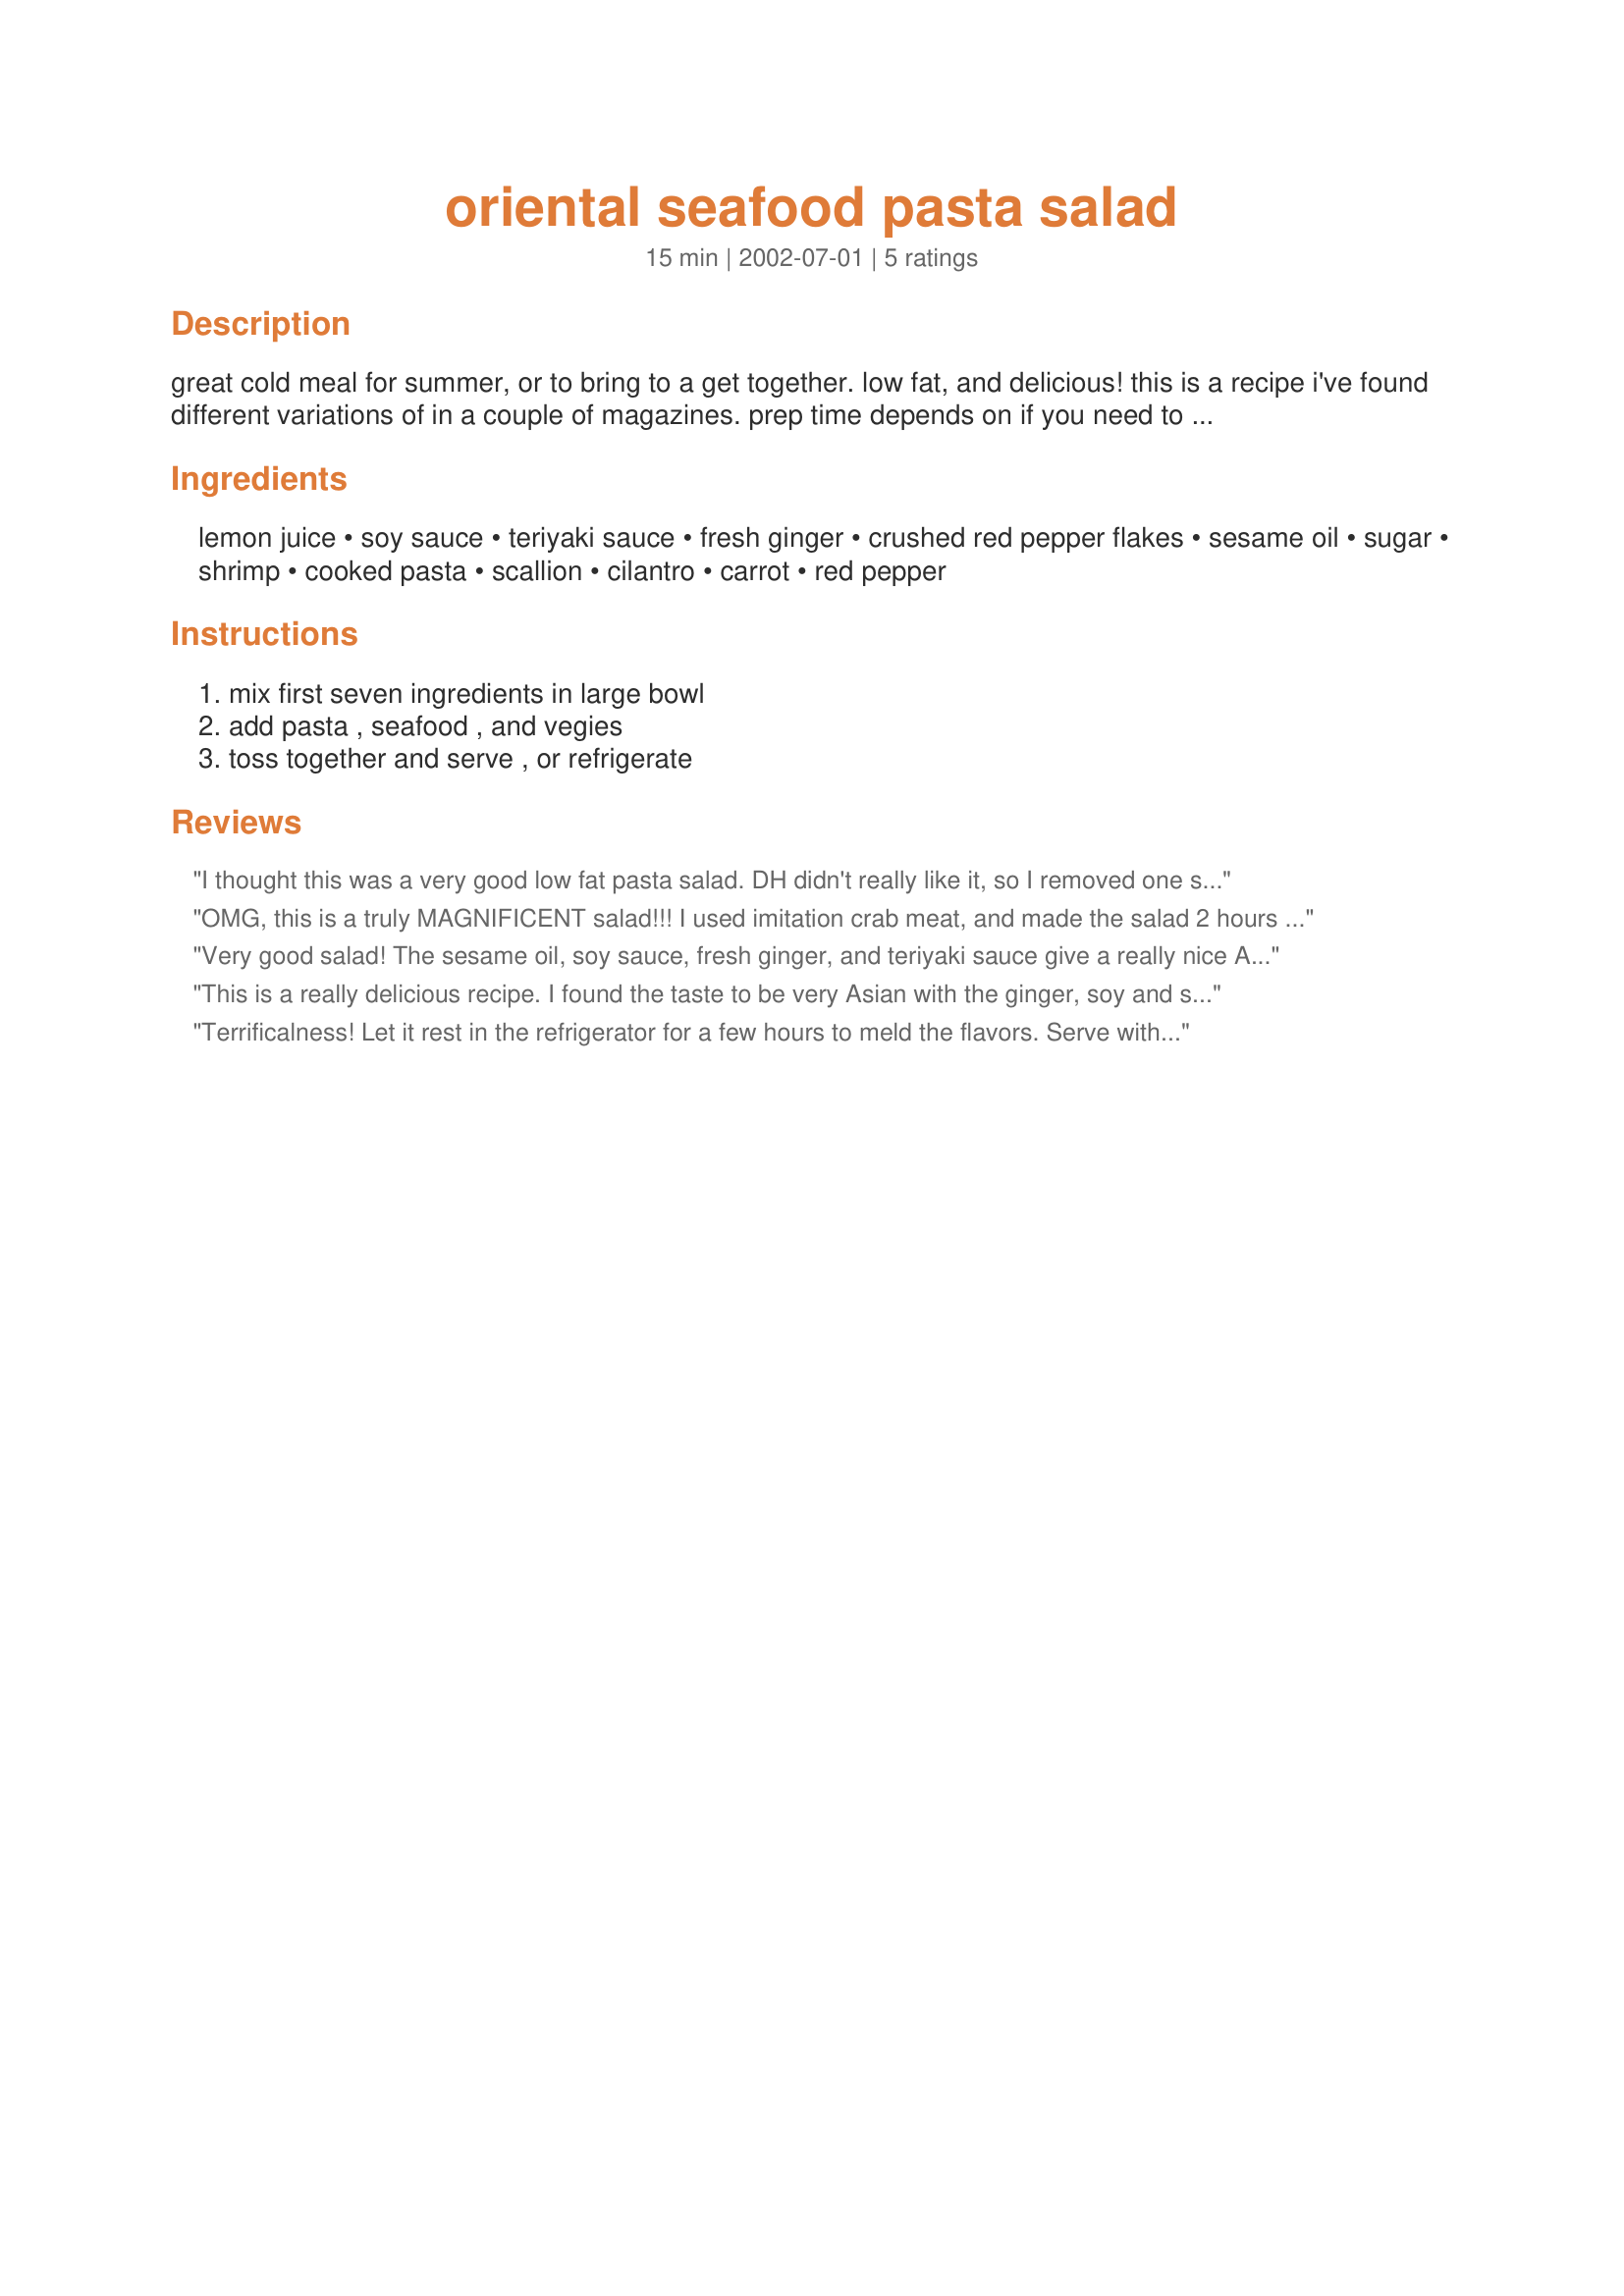
oriental seafood pasta salad
Preparation time: 15 minutes

great cold meal for summer, or to bring to a get together. low fat, and delicious! this is a recipe i've found different variations of in a couple of magazines. prep time depends on if you need to cook the pasta. feel free to change amounts to suit your taste or according to what's in your frig. (beware...make extra...i eat a serving,at least, as soon as it's mixed. yummy!)

Ingredients:
lemon juice, soy sauce, teriyaki sauce, fresh ginger, crushed red pepper flakes, sesame oil, sugar, shrimp, cooked pasta, scallion, cilantro, carrot, red pepper

Steps:
mix first seven ingredients in large bowl, add pasta , seafood , and vegies, toss together and serve , or refrigerate

Reviews:
I thought this was a very good low fat pasta salad. DH didn't really like it, so I removed one star. I think his issue is that we usually don't eat too many oriental salads, and it was just too different. Made it as a low fat alternative for a day with friends at the lake. I used 1 lb shrimp, shredded carrots, 1 red and 1 orange bell pepper, tiny broccoli florets, and a few slivered radishes. Made mine the night before and by lunch time all of the sauce had been soaked up, leaving my pasta salad on the dry side. Next time I would likely double the wet ingredients b/c I like to add so many veggies. Might also increase the lemon and ginger as nobody could really taste those elements...which is the most refreshing part of the salad.

Oh yes, my "health conscious" friend that loves all kinds of foods thought this was fantastic! Will make it again for sure. Thanks for posting!
OMG, this is a truly MAGNIFICENT salad!!! I used imitation crab meat, and made the salad 2 hours before serving. I agree that the prep. time is a little longer than listed, but no biggie. I added a bit of fresh ground black pepper. I can't wait to try this again with shrimp!!! Excellent recipe! Thanks for posting!
~Manda
Very good salad! The sesame oil, soy sauce, fresh ginger, and teriyaki sauce give a really nice Asian flavour. I made this the night before and brought it on a picnic. I used whole wheat spaghetti, shrimp (only half a pound), red peppers, green peppers, grated carrot, slivered radishes and peas. I didn't have any cilantro so I substituted parsley. It was an excellent main dish salad and I will definitely be keeping this recipe -- it's a perfect cold meal on a hot day!
This is a really delicious recipe. I found the taste to be very Asian with the ginger, soy and sesame oil. I did find that the prep time was at least double , if not triple the 15 minutes listed. The veggies and spices need dicing and chopping, which is fiddly, but absolutely worth it. Also, I would recommend making this a bit ahead, so the shrimp (or whatever seafood you use) has a chance to pick up the flacour of the dressing. I would absolutely make this again. A big hit.
Terrificalness! Let it rest in the refrigerator for a few hours to meld the flavors. Serve with some crunchy crackers. Tastes really oriental.
